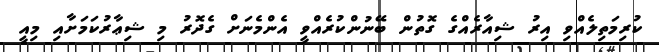
ކުރިމަތިލެއްވި އިރު ޝިއާރެއްގެ ގޮތުން ބޭނުންކުރެއްވީ އެންމެނަށް ގެދޮރު މި ޝިޢާރުކަމަށާއި މިއީ